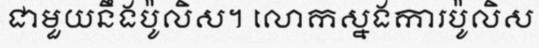
ជាមួយនឹងប៉ូលិស។ លោកស្នងការប៉ូលិស